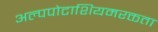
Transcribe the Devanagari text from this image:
अल्पपोटाशियमरक्तता